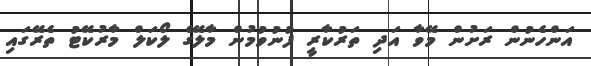
އަންހެނުން ރަށުން މޭވާ އަދި ތަރުކާރީ ފުނުވުމުން މާލޭގެ ލޯކަލް މާރުކޭޓު ތެރޭގައި